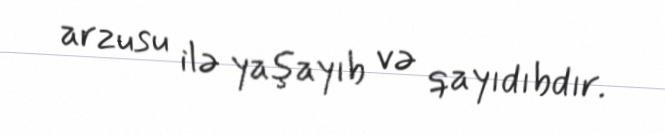
arzusu ilə yaşayıb və qayıdıbdır.